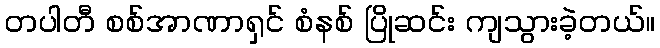
တပါတီ စစ်အာဏာရှင် စံနစ် ပြိုဆင်း ကျသွားခဲ့တယ်။